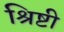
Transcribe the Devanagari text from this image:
श्रिष्टी